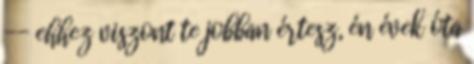
-- ehhez viszont te jobban értesz, én évek óta